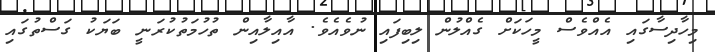
މިހާދިސާގައި އެއްވެސް މީހަކަށް ގެއްލުން ލިބިފައި ނުވެއެވެ. އާއިލާއިން ތުހުމަތުކުރަނީ ބަޔަކު ގަސްތުގައި